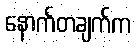
နောက်တချက်က